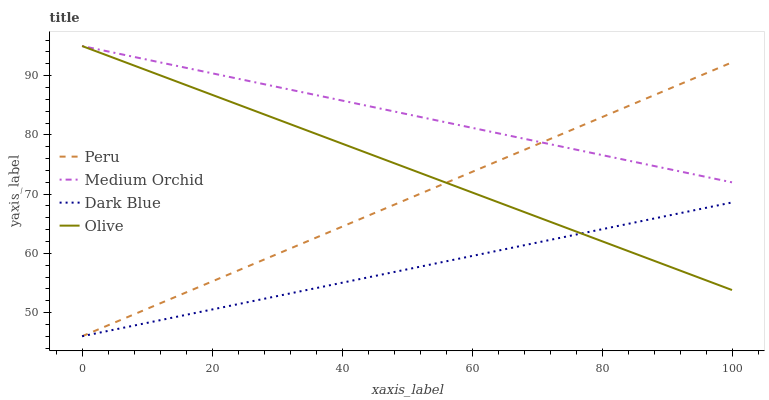
| xaxis_label | Peru | Medium Orchid | Dark Blue | Olive |
 | --- | --- | --- | --- | --- |
 | 0 | 46 | 95 | 46 | 95 |
 | 12.5 | 51.8 | 92.1 | 48.8 | 89.9 |
 | 25 | 57.6 | 89.2 | 51.6 | 84.7 |
 | 37.5 | 63.3 | 86.4 | 54.5 | 79.6 |
 | 50 | 69.1 | 83.5 | 57.3 | 74.4 |
 | 62.5 | 74.9 | 80.6 | 60.1 | 69.3 |
 | 75 | 80.7 | 77.7 | 62.9 | 64.1 |
 | 87.5 | 86.5 | 74.9 | 65.8 | 59 |
 | 100 | 92.2 | 72 | 68.6 | 53.8 |